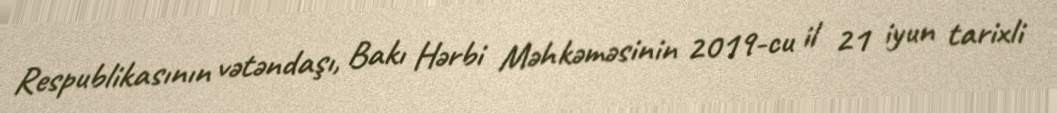
Respublikasının vətəndaşı, Bakı Hərbi Məhkəməsinin 2019-cu il 21 iyun tarixli